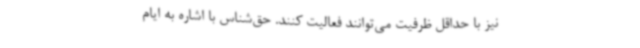
نیز با حداقل ظرفیت می‌توانند فعالیت کنند. حق‌شناس با اشاره به ایام